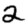
Digit: 2